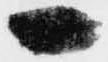
一